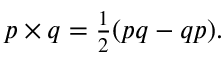
p \times q = \textstyle { \frac { 1 } { 2 } } ( p q - q p ) .